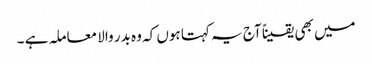
میں بھی یقیناً آج یہ کہتا ہوں کہ وہ بدر والا معاملہ ہے ۔